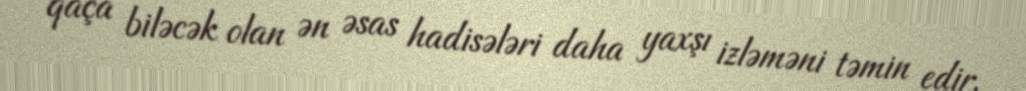
qaça biləcək olan ən əsas hadisələri daha yaxşı izləməni təmin edir.